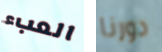
العبء دورنا